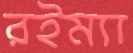
রইম্যা